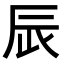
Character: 𨑄